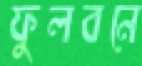
ফুলবনে